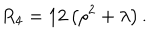
R _ { 4 } = 1 2 \left( \rho ^ { 2 } + \lambda \right) .